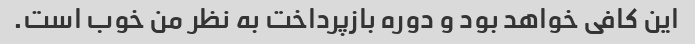
این کافی خواهد بود و دوره بازپرداخت به نظر من خوب است.